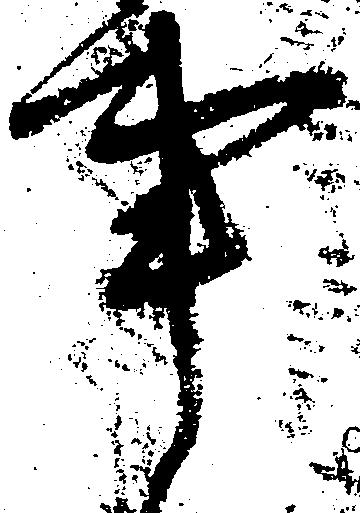
事